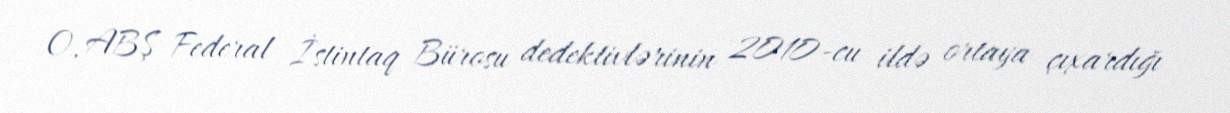
O, ABŞ Federal İstintaq Bürosu dedektivlərinin 2010-cu ildə ortaya çıxardığı